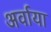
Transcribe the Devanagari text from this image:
अर्वाया